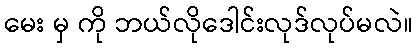
မေး မှ ကို ဘယ်လိုဒေါင်းလုဒ်လုပ်မလဲ။